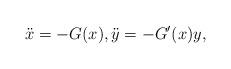
LaTeX: \begin{align*} \ddot x=-G(x), \ddot y=-G'(x)y,\end{align*}